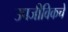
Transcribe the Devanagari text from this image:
उपजीविकचे